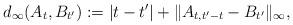
LaTeX: \begin{align*}d_{\infty}(A_t,B_{t^\prime}) := |t-t^\prime| + \|A_{t,t^\prime - t} - B_{t^\prime} \|_{\infty},\end{align*}